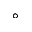
^ { \circ }